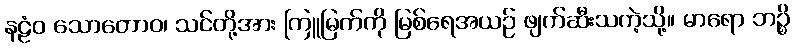
နဠံဝ သောတောဝ၊ သင်တို့အား ကြူမြက်ကို မြစ်ရေအယဉ် ဖျက်ဆီးသကဲ့သို့။ မာရော ဘဉ္စိ